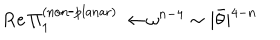
\mathrm { R e } \, \Pi _ { 1 } ^ { \mathrm { ( n o n \mathrm { - } p l a n a r ) } } \rightarrow \omega ^ { n - 4 } \sim | \bar { \theta } | ^ { 4 - n }